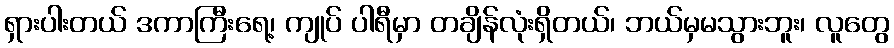
ရှားပါးတယ် ဒကာကြီးရေ့၊ ကျုပ် ပါရီမှာ တချိန်လုံးရှိတယ်၊ ဘယ်မှမသွားဘူး၊ လူတွေ